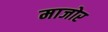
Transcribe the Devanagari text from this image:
माजोर